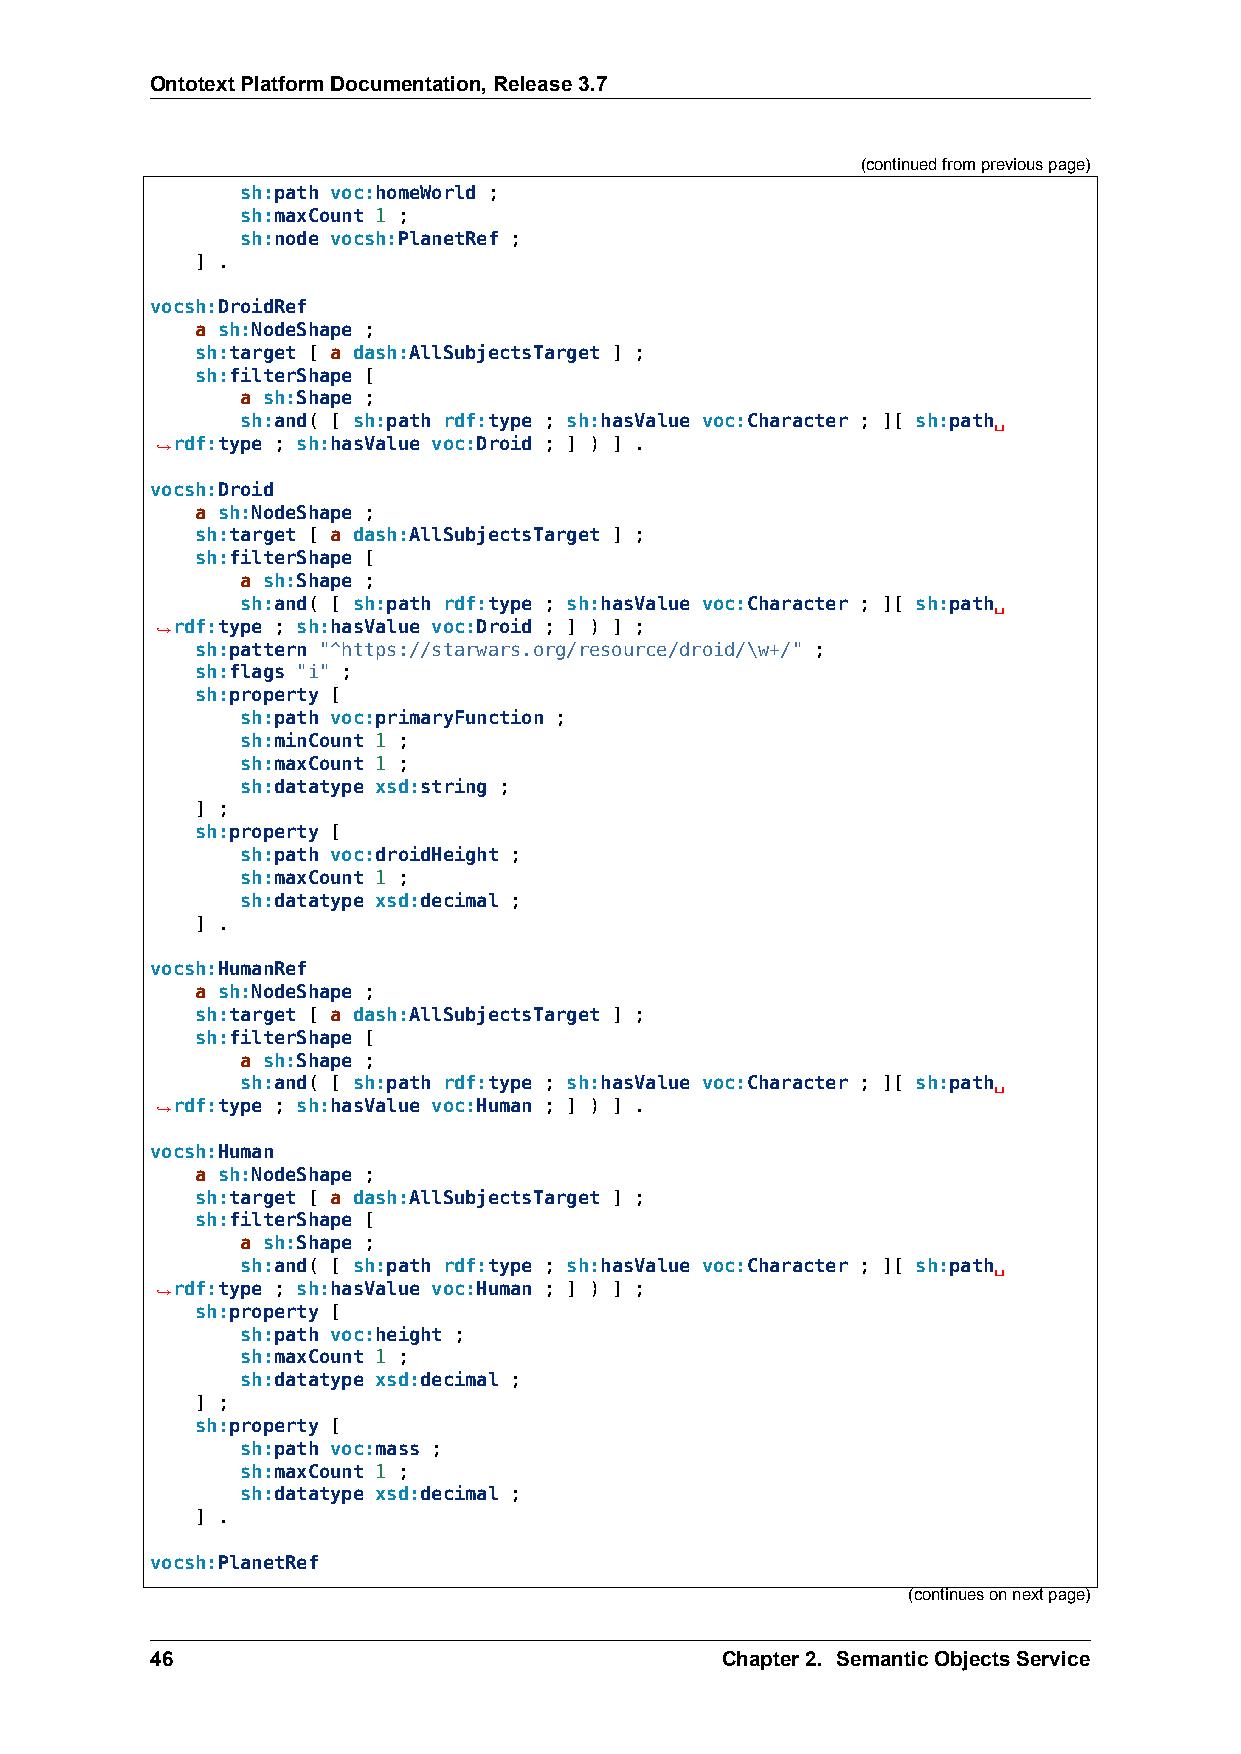
OntotextPlatformDocumentation,Release3.7
 (continuedfrompreviouspage)
 sh:path voc:homeWorld ;
 sh:maxCount 1 ;
 sh:node vocsh:PlanetRef ;
 ] .
 vocsh:DroidRef
 a sh:NodeShape ;
 sh:target [ a dash:AllSubjectsTarget ] ;
 sh:filterShape [
 a sh:Shape ;
 sh:and( [ sh:path rdf:type ; sh:hasValue voc:Character ; ][ sh:path␣
 ,→rdf:type ; sh:hasValue voc:Droid ; ] ) ] .
 vocsh:Droid
 a sh:NodeShape ;
 sh:target [ a dash:AllSubjectsTarget ] ;
 sh:filterShape [
 a sh:Shape ;
 sh:and( [ sh:path rdf:type ; sh:hasValue voc:Character ; ][ sh:path␣
 ,→rdf:type ; sh:hasValue voc:Droid ; ] ) ] ;
 sh:pattern "^https://starwars.org/resource/droid/\w+/" ;
 sh:flags "i" ;
 sh:property [
 sh:path voc:primaryFunction ;
 sh:minCount 1 ;
 sh:maxCount 1 ;
 sh:datatype xsd:string ;
 ] ;
 sh:property [
 sh:path voc:droidHeight ;
 sh:maxCount 1 ;
 sh:datatype xsd:decimal ;
 ] .
 vocsh:HumanRef
 a sh:NodeShape ;
 sh:target [ a dash:AllSubjectsTarget ] ;
 sh:filterShape [
 a sh:Shape ;
 sh:and( [ sh:path rdf:type ; sh:hasValue voc:Character ; ][ sh:path␣
 ,→rdf:type ; sh:hasValue voc:Human ; ] ) ] .
 vocsh:Human
 a sh:NodeShape ;
 sh:target [ a dash:AllSubjectsTarget ] ;
 sh:filterShape [
 a sh:Shape ;
 sh:and( [ sh:path rdf:type ; sh:hasValue voc:Character ; ][ sh:path␣
 ,→rdf:type ; sh:hasValue voc:Human ; ] ) ] ;
 sh:property [
 sh:path voc:height ;
 sh:maxCount 1 ;
 sh:datatype xsd:decimal ;
 ] ;
 sh:property [
 sh:path voc:mass ;
 sh:maxCount 1 ;
 sh:datatype xsd:decimal ;
 ] .
 vocsh:PlanetRef
 (continuesonnextpage)
 46                                    Chapter2. SemanticObjectsService